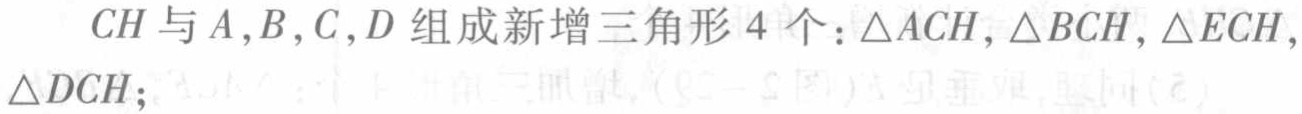
$CH$与$A,B,C,D$组成新增三角形$4$个：$\triangle ACH,\triangle BCH,\triangle ECH,\triangle DCH;$